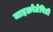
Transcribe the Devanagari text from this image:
माइक्रोग्रेविटी